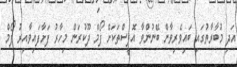
އަދި މުބާރާތުގައި ބައިވެރިވާން ބޭނުންވާ އޮފީސްތަކަށް ފޯމް ދޫކުރަން މިހާރު ފަށާފައިވާއިރު ފޯމް